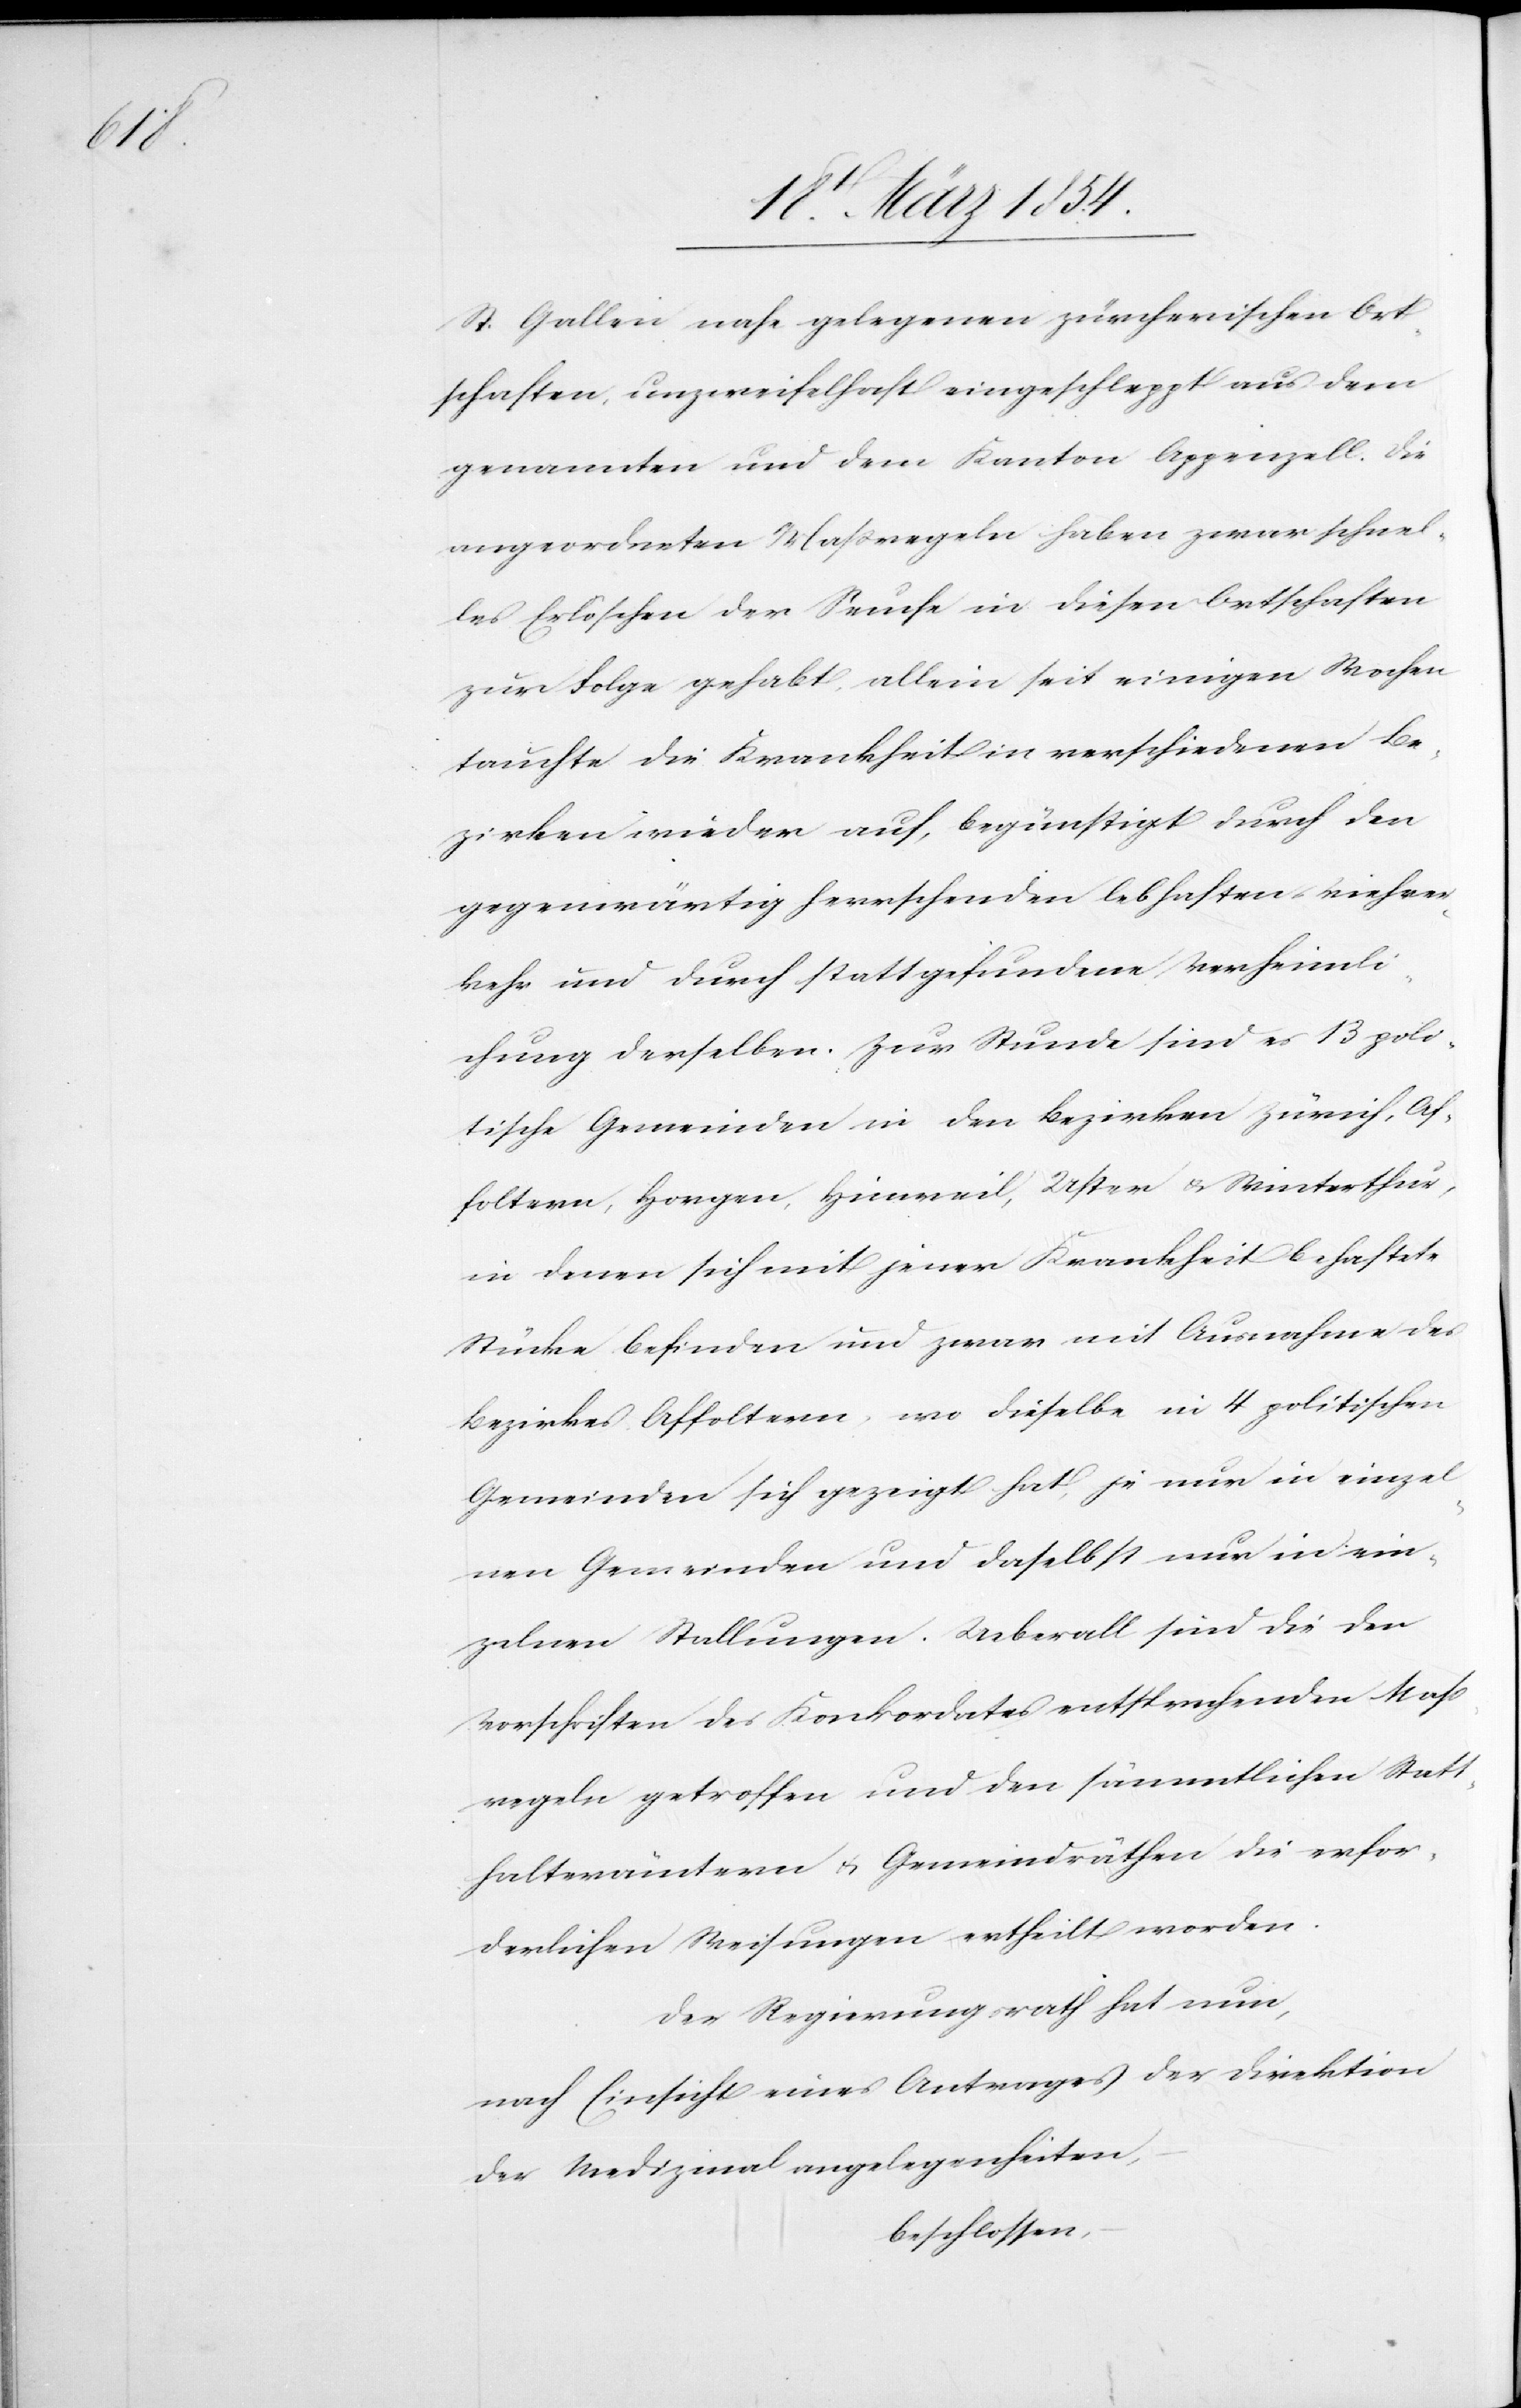
St. Gallen nahe gelegenen zürcherischen Ort¬
schaften, unzweifelhaft eingeschleppt aus dem
genannten und dem Kanton Appenzell. Die
angeordneten Maßregeln haben zwar schnel¬
les Erlöschen der Seuche in diesen Ortschaften
zur Folge gehabt, allein seit einigen Wochen
tauchte die Krankheit in verschiedenen Be¬
zirken wieder auf, begünstigt durch den
gegenwärtig herrschenden lebhaften Viehver¬
kehr und durch stattgefundene Verheimli¬
chung derselben. Zur Stunde sind es 13 poli¬
tische Gemeinden in den Bezirken Zürich, Af¬
foltern, Horgen, Hinweil, Uster u. Winterthur,
in denen sich mit jener Krankheit behaftete
Stücke befinden und zwar mit Ausnahme des
Bezirkes Affoltern, wo dieselbe in 4 politischen
Gemeinden sich gezeigt hat, je nur in einzel¬
nen Gemeinden und daselbst nur in ein¬
zelnen Stallungen. Ueberall sind die den
Vorschriften des Konkordates entsprechenden Maß¬
regeln getroffen und den sämmtlichen Statt¬
halterämtern u. Gemeindräthen die erfor¬
derlichen Weisungen ertheilt worden.
Der Regierungsrath hat nun,
nach Einsicht eines Antrages der Direktion
der Medizinalangelegenheiten,
beschlossen,